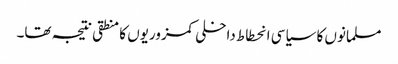
مسلمانوں کا سیاسی انحطاط داخلی کمزوریوں کا منطقی نتیجہ تھا۔